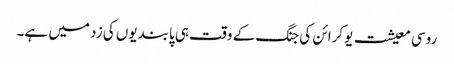
روسی معیشت یوکرائن کی جنگ کے وقت ہی پابندیوں کی زد میں ہے۔